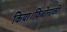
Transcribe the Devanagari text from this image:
किया।फिबोनाकी